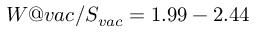
W @ v a c / S _ { v a c } = 1 . 9 9 - 2 . 4 4